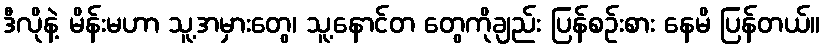
ဒီလိုနဲ့ မိန်းမဟာ သူ့အမှားတွေ၊ သူ့နောင်တ တွေကိုချည်း ပြန်စဉ်းစား နေမိ ပြန်တယ်။